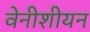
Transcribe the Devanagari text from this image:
वेनीशीयन